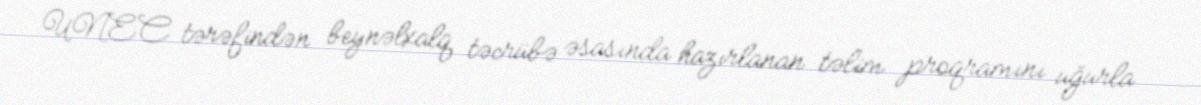
UNEC tərəfindən beynəlxalq təcrübə əsasında hazırlanan təlim proqramını uğurla